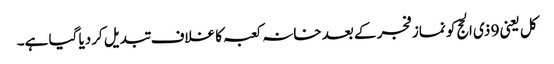
کل یعنی 9 ذی الحج کو نماز فجر کے بعد خانہ کعبہ کا غلاف تبدیل کردیا گیا ہے۔